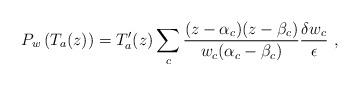
LaTeX: \begin{align*}P_w\left( T_a(z)\right) =T'_a(z)\sum_c\frac{(z-\alpha _c)(z-\beta _c)}{w_c(\alpha _c-\beta _c)}\frac{\delta w_c}{\epsilon }\ ,\end{align*}